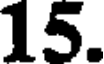
15.